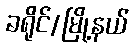
ခရိုင်/မြို့နယ်